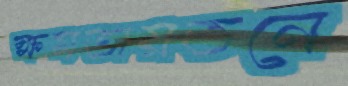
ক্ষমতায়তনে